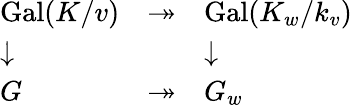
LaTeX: \begin{array}{lll}{\operatorname{Gal}(K/v)}&{\twoheadrightarrow}&{\operatorname{Gal}(K_{w}/k_{v})}\\ {\downarrow}&{}&{\downarrow}\\ {G}&{\twoheadrightarrow}&{G_{w}}\end{array}